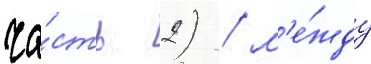
ча́сть 2) / м'е́жду